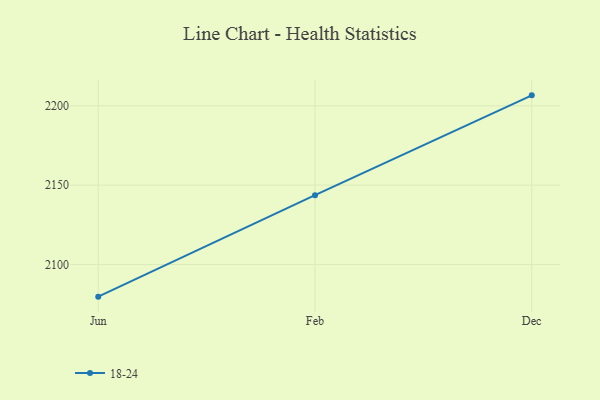
{"axis": {"x": "Month", "y": "Humidity (%)"}, "legend": ["18-24"], "data": [{"x": "Jun", "y": 2079.7, "type": "18-24"}, {"x": "Feb", "y": 2143.7, "type": "18-24"}, {"x": "Dec", "y": 2206.6, "type": "18-24"}]}